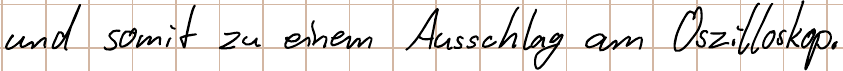
und somit zu einem Ausschlag am Oszilloskop.